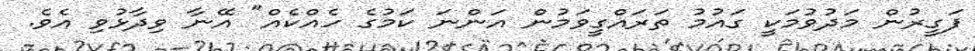
ފަގީރުން މަދުވުމަކީ ގައުމު ތަރައްގީވަމުން އަންނަ ކަމުގެ ހެއްކެއް" އޭނާ ވިދާޅުވި އެވެ.